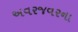
અવરજવરના